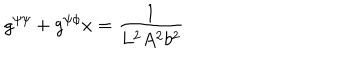
g ^ { \psi \psi } + g ^ { \psi \phi } x = \frac { 1 } { L ^ { 2 } A ^ { 2 } b ^ { 2 } }